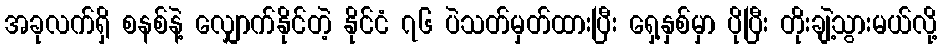
အခုလက်ရှိ စနစ်နဲ့ လျှောက်နိုင်တဲ့ နိုင်ငံ ၇၆ ပဲသတ်မှတ်ထားပြီး ရှေ့နှစ်မှာ ပိုပြီး တိုးချဲ့သွားမယ်လို့